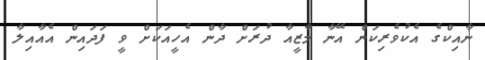
ނާއިކްގެ އެކުވެރިކަން އޭނާ މާޒީއާ ދުރަށް ދާން އެހީއަކަށް ވީ ފަދައިން އެއާއިލާ